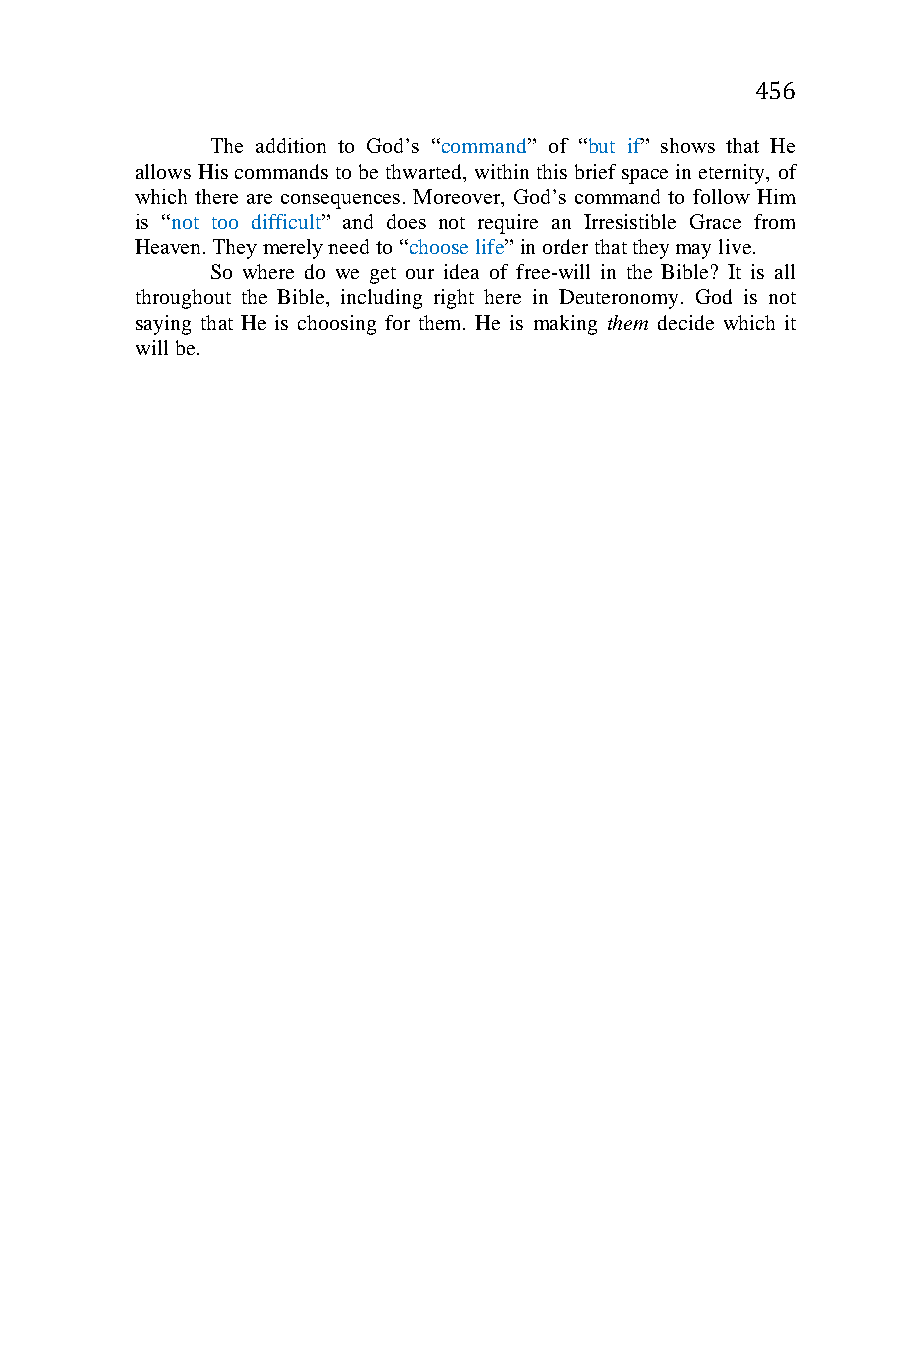
456
 The addition to God’s “command” of “but if” shows that He
 allows His commands to be thwarted, within this brief space in eternity, of
 which there are consequences. Moreover, God’s command to follow Him
 is “not too difficult” and does not require an Irresistible Grace from
 Heaven. They merely need to “choose life” in order that they may live.
 So where do we get our idea of free-will in the Bible? It is all
 throughout the Bible, including right here in Deuteronomy. God is not
 saying that He is choosing for them. He is making them decide which it
 will be.